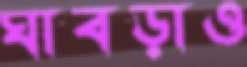
ঘাবড়াও